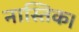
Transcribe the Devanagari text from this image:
नास्तिक।